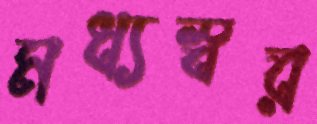
মধ্যস্বর